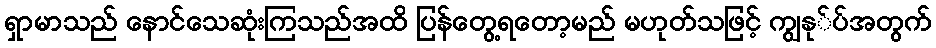
ရှာမာသည် နောင်သေဆုံးကြသည်အထိ ပြန်တွေ့ရတော့မည် မဟုတ်သဖြင့် ကျွနု်ပ်အတွက်